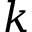
k